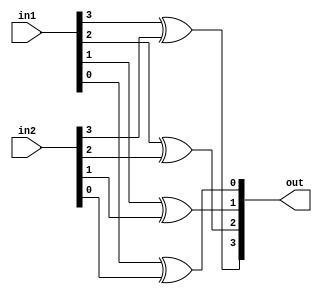
module xor4(out,in1,in2);
	input [3:0] in1, in2;
	output [3:0] out;

	xor t1(out[3], in1[3], in2[3]),
		t2(out[2], in1[2], in2[2]),
		t3(out[1], in1[1], in2[1]),
		t4(out[0], in1[0], in2[0]);
endmodule